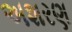
અશરણ